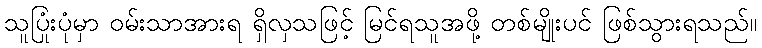
သူပြုံးပုံမှာ ဝမ်းသာအားရ ရှိလှသဖြင့် မြင်ရသူအဖို့ တစ်မျိုးပင် ဖြစ်သွားရသည်။